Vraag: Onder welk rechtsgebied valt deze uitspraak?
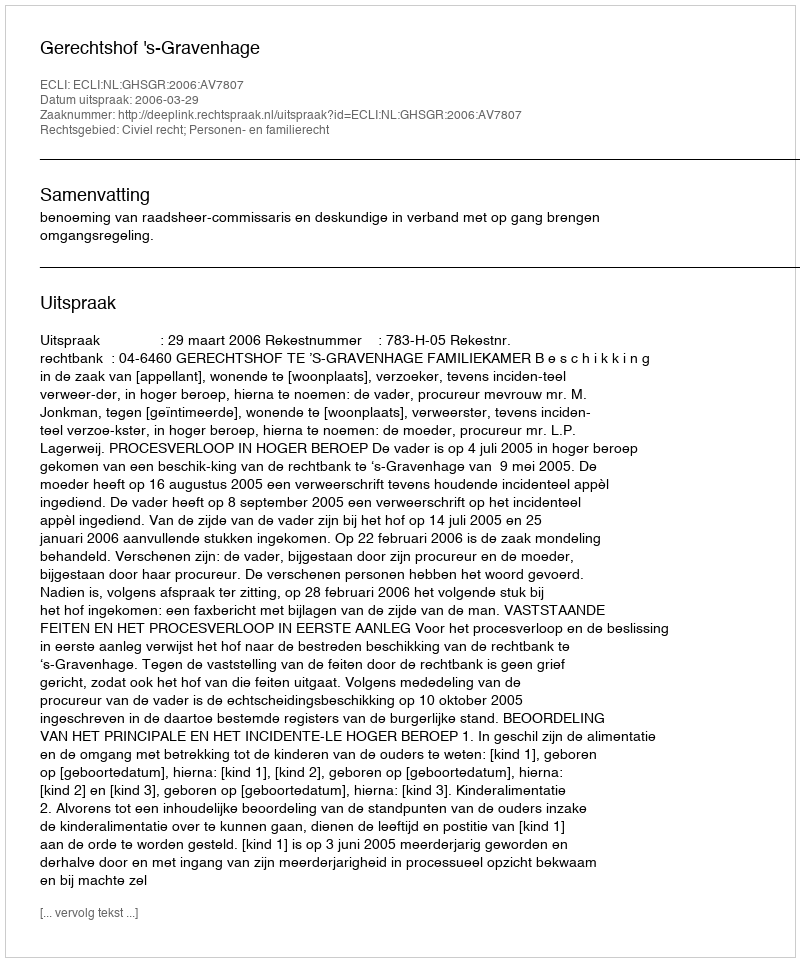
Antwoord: Civiel recht; Personen- en familierecht